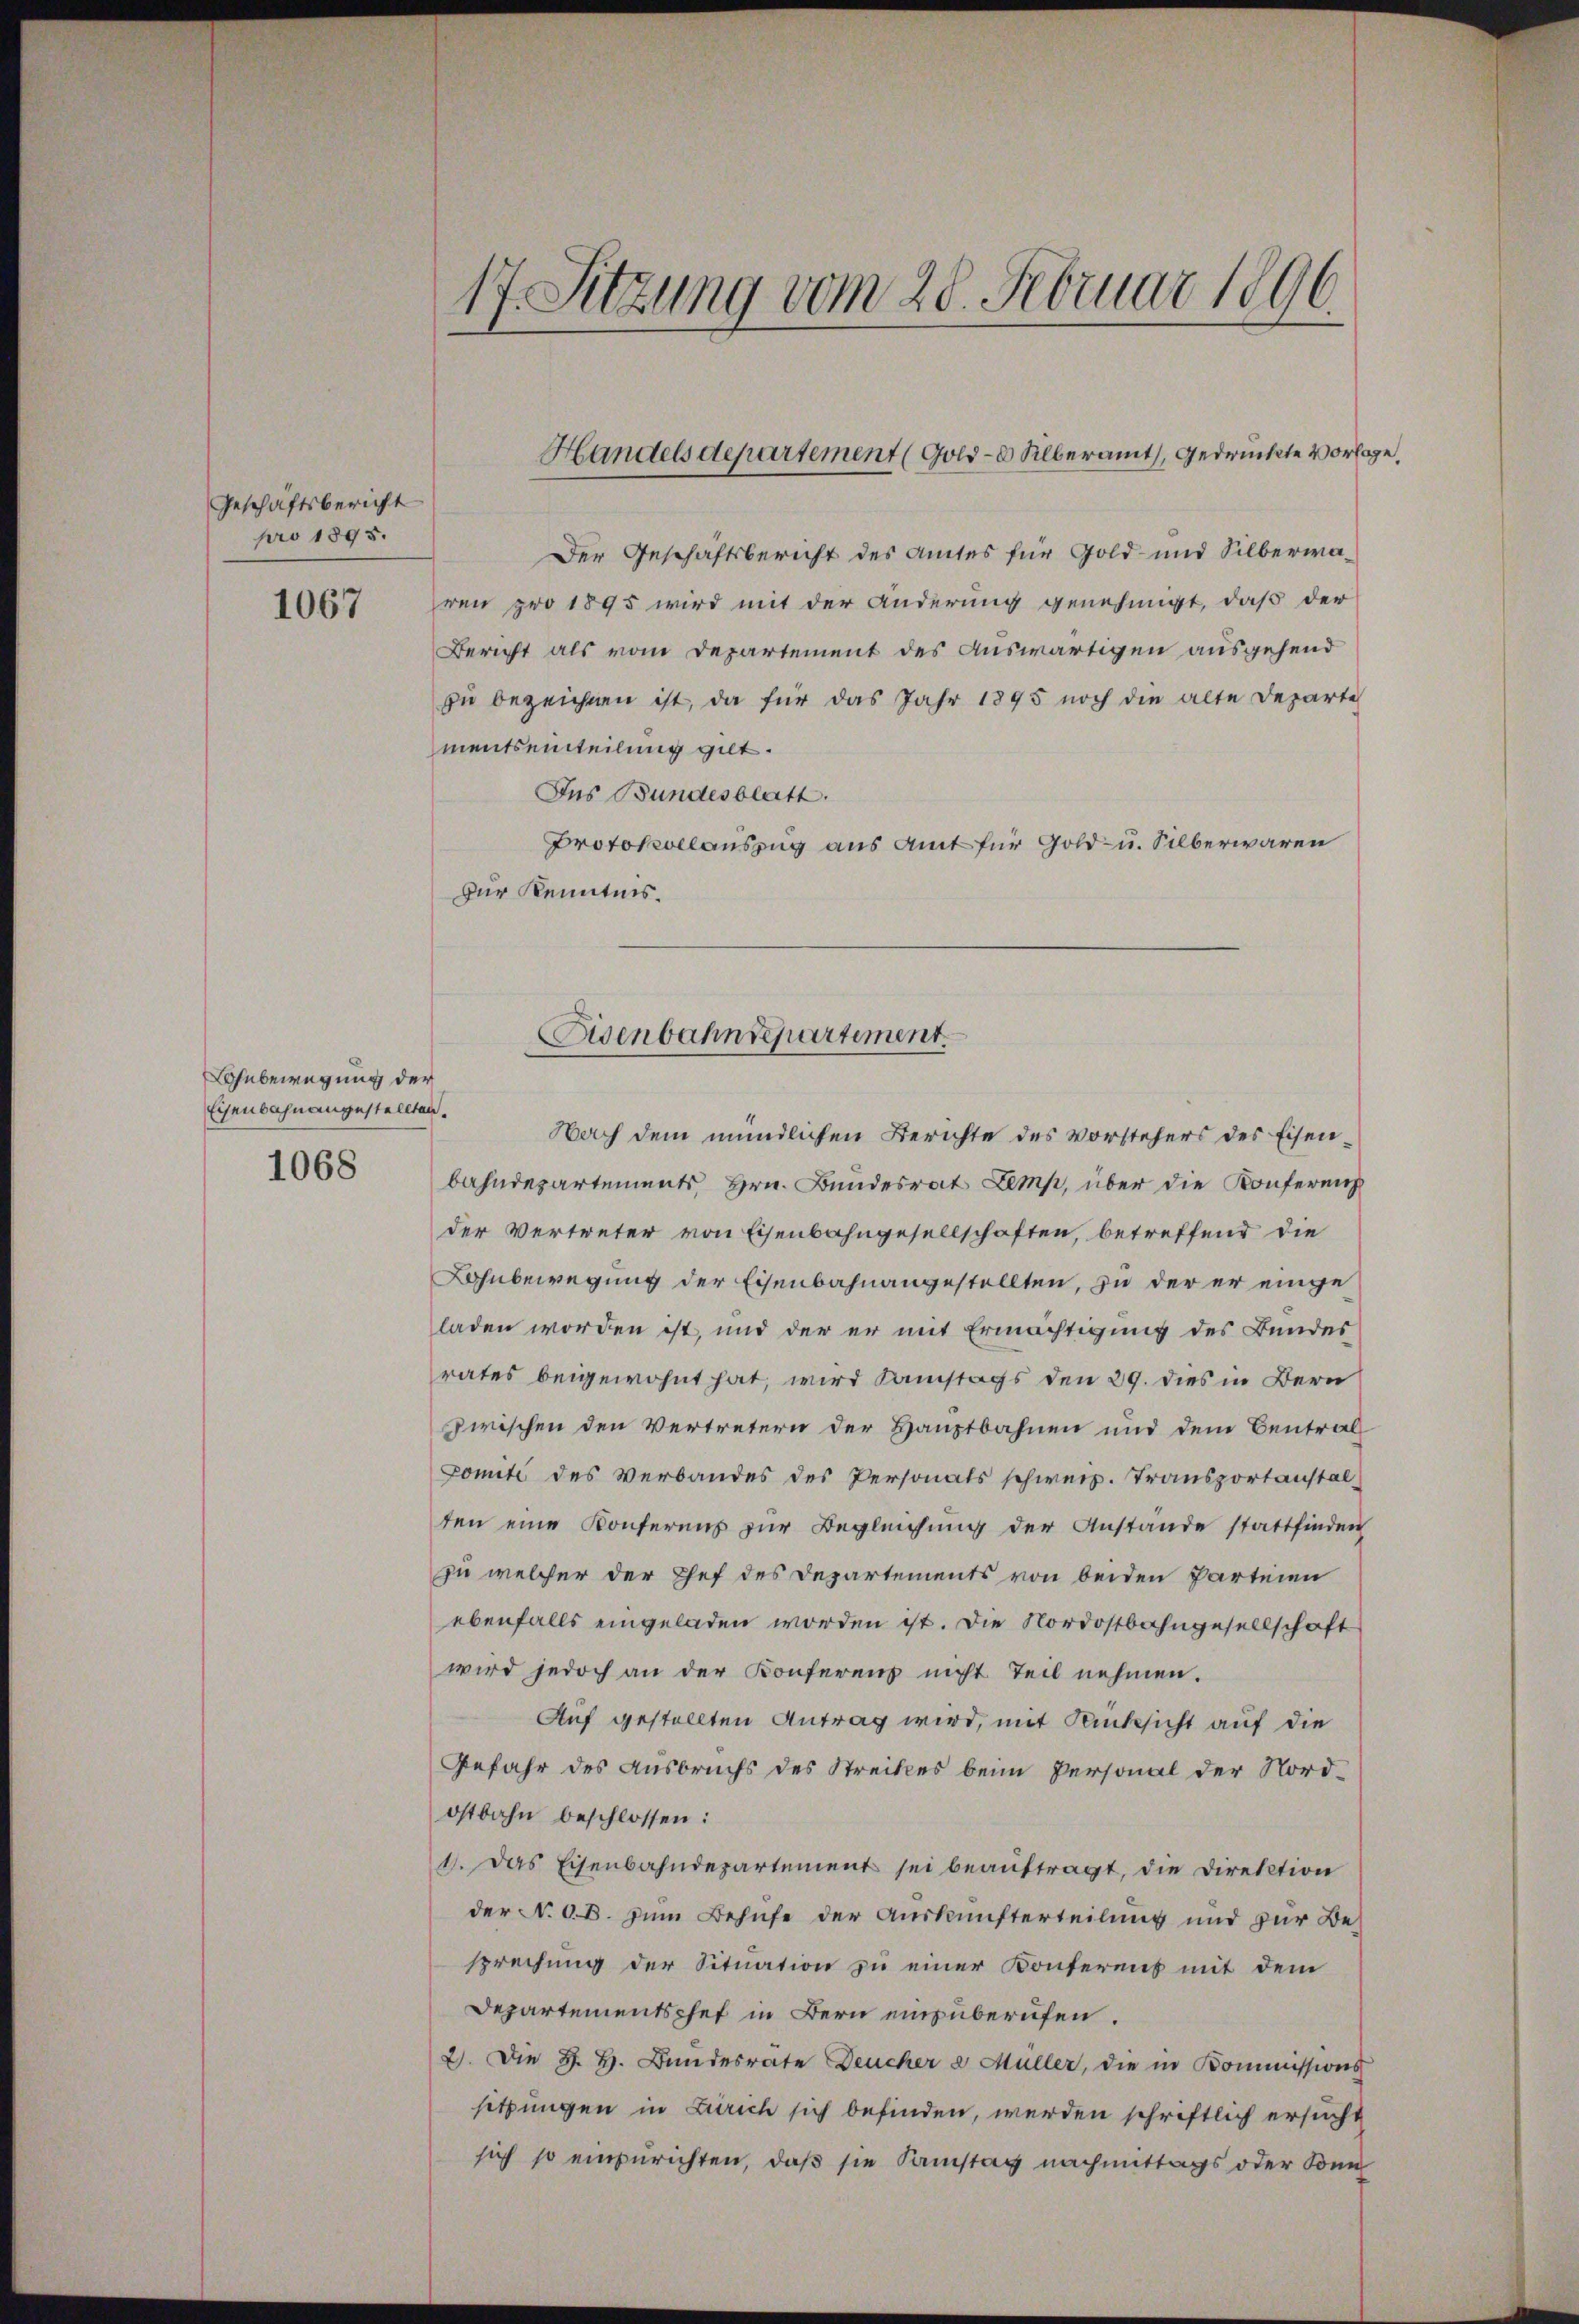
Geschäftsbericht
pro 1895.

1067

ohnbewegung der
Eisenbahnangestellten.
1068

17. Sitzung vom 28. Februar 1896.

Der Geschäftsbericht des Amtes für Gold- und Silberwaven pro 1895 wird mit der Änderung genehmigt, daß der
Bericht als vom Departement des Auswärtigen ausgehend
zŭ bezeichnen ist, da für das Jahr 1895 noch die alte Departe
mentseinteilung gilt.
Dus Bundesblatt.
Protokollauszug aus Amt für Gold- u. Silberwaren
zur Kenntnis.

Handels departement (Gold- & Silberamt, gedruckte Vorlage,

Fisenbahndepartement.

Nach dem mündlichen Berichte des vorstehers des Eisenbahndepartements Hrn. Bundesrat Lemp, über die Konferenz
der Vertreter von Eisenbahngesellschaften, betreffend die
Lohnbewegung der Eisenbahnangestellten, zu der er eingeladen worden ist, und der er mit Ermächtigung des Bundes
rates beigewohnt hat, wird Samstags den 29. dies in Bern
zwischen den Vertretern der Hauptbahnen und dem Central
Comité des Verbandes des Personats schweiz. Transportanstalten eine Konferens zur Begleichung der Anstande stattfinden
zu welcher der Chef des Departements von beiden Parteien
ebenfalls eingeladen worden ist. Die Nordostbahngesellschaft
wird jedoch an der Konferenz nicht Teil nehmen.
Auf gestellten Antrag wird, mit Rücksicht auf die
Gefahr des Ausbruchs des Streites beim Personal der Nordostbahn beschlossen:
1. Das Eisenbahndepartement sei beauftragt, die Direktion
der N. O. B. zum Behufe der Auskunfterteilung und zur Besprechung der Situation zu einer Konferens mit dem
Departementschef in Bern einzuberufen.
2). Die H. H. Bundesrate Deucher a Müller, die in Kommissions
sitzungen in Zürich sich befinden, werden schriftlich ersucht
sich so einzurichten, daß sie Samstag nachmittags oder Sonn